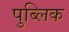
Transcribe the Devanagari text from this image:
पुब्लिक